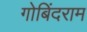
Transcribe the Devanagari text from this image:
गोबिंदराम